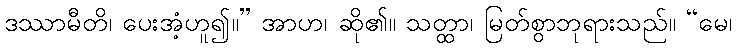
ဒဿာမီတိ၊ ပေးအံ့ဟူ၍။” အာဟ၊ ဆို၏။ သတ္ထာ၊ မြတ်စွာဘုရားသည်။ “မေ၊